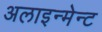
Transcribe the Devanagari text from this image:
अलाइन्मेन्ट